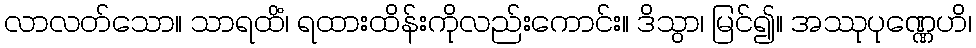
လာလတ်သော။ သာရထိံ၊ ရထားထိန်းကိုလည်းကောင်း။ ဒိသွာ၊ မြင်၍။ အဿုပုဏ္ဏေဟိ၊